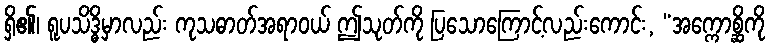
ရှိ၏၊ ရူပသိဒ္ဓိမှာလည်း ကုသဓာတ်အရာဝယ် ဤသုတ်ကို ပြသောကြောင့်လည်းကောင်း, “အက္ကောစ္ဆိကို